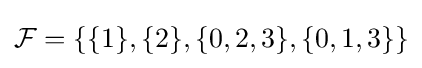
{\mathcal {F}}=\{\{1\},\{2\},\{0,2,3\},\{0,1,3\}\}